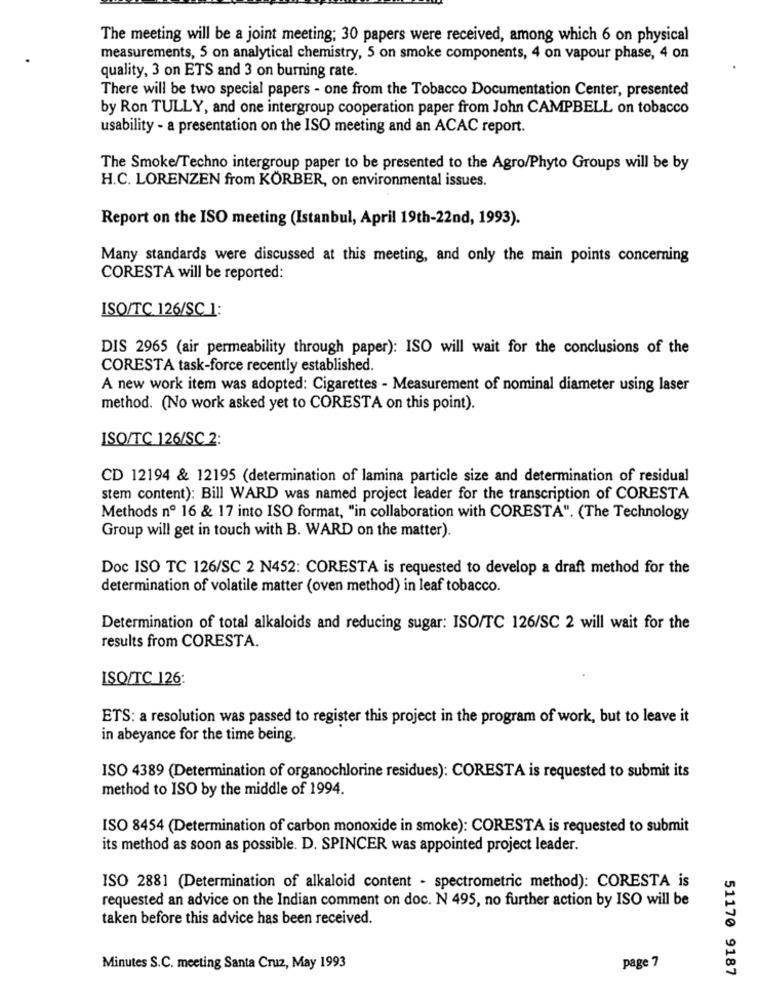
The meeting will be a joint meeting; 30 papers were received, among which 6 on physical
measurements, 5 on analytical chemistry, 5 on smoke components, 4 on vapour phase, 4 on
quality, 3 on ETS and 3 on burning rate.
There will be two special papers - one from the Tobacco Documentation Center, presented
by Ron TULLY, and one intergroup cooperation paper from John CAMPBELL on tobacco
usability - a presentation on the ISO meeting and an ACAC report.
The Smoke/Techno intergroup paper to be presented to the Agro/Phyto Groups will be by
H.C. LORENZEN from KÖRBER, on environmental issues.
Report on the ISO meeting (Istanbul, April 19th-22nd, 1993).
Many standards were discussed at this meeting, and only the main points concerning
CORESTA will be reported:
ISO/TC 126/SC 1:
DIS 2965 (air permeability through paper): ISO will wait for the conclusions of the
CORESTA task-force recently established.
A new work item was adopted: Cigarettes - Measurement of nominal diameter using laser
method. (No work asked yet to CORESTA on this point).
ISO/TC 126/SC 2:
CD 12194 & 12195 (determination of lamina particle size and determination of residual
stem content): Bill WARD was named project leader for the transcription of CORESTA
Methods nº 16 & 17 into ISO format, "in collaboration with CORESTA". (The Technology
Group will get in touch with B. WARD on the matter).
Doc ISO TC 126/SC 2 N452: CORESTA is requested to develop a draft method for the
determination of volatile matter (oven method) in leaf tobacco.
Determination of total alkaloids and reducing sugar: ISO/TC 126/SC 2 will wait for the
results from CORESTA.
ISO/TC 126:
ETS: a resolution was passed to register this project in the program of work, but to leave it
in abeyance for the time being.
ISO 4389 (Determination of organochlorine residues): CORESTA is requested to submit its
method to ISO by the middle of 1994.
ISO 8454 (Determination of carbon monoxide in smoke): CORESTA is requested to submit
its method as soon as possible. D. SPINCER was appointed project leader.
ISO 2881 (Determination of alkaloid content - spectrometric method): CORESTA is
requested an advice on the Indian comment on doc. N 495, no further action by ISO will be
taken before this advice has been received.
page 7
Minutes S.C. meeting Santa Cruz, May 1993
51170 9187